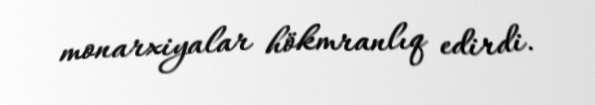
monarxiyalar hökmranlıq edirdi.